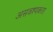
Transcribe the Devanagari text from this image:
असवश्यकता